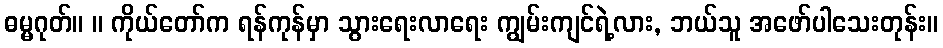
ဓမ္မဂုတ်။ ။ ကိုယ်တော်က ရန်ကုန်မှာ သွားရေးလာရေး ကျွမ်းကျင်ရဲ့လား, ဘယ်သူ အဖော်ပါသေးတုန်း။